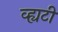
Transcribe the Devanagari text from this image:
व्ह्यटी